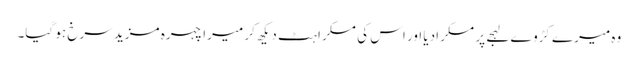
وہ میرے کڑوے لہجے پر مسکرادیا اور اس کی مسکراہٹ دیکھ کر میرا چہرہ مزید سرخ ہو گیا۔